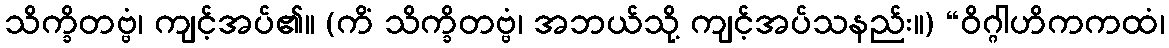
သိက္ခိတဗ္ဗံ၊ ကျင့်အပ်၏။ (ကိံ သိက္ခိတဗ္ဗံ၊ အဘယ်သို့ ကျင့်အပ်သနည်း။) “ဝိဂ္ဂါဟိကကထံ၊